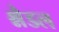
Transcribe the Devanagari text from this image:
श्नैडल